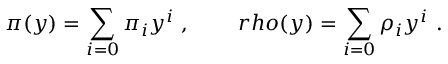
\pi ( y ) = \sum _ { i = 0 } ^ { } { \pi } _ { i } y ^ { i } \ , \ \ \ \ \ \ \, r h o ( y ) = \sum _ { i = 0 } ^ { } { \rho } _ { i } y ^ { i } \ .